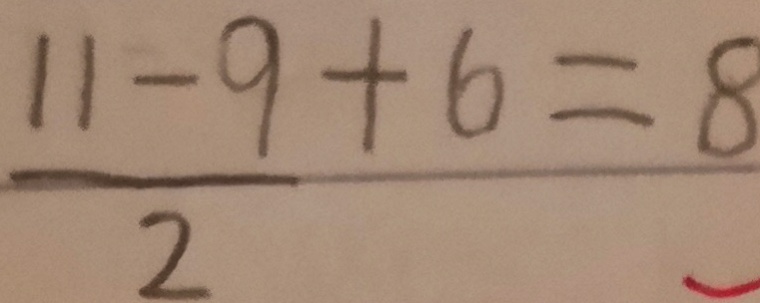
\frac { 1 1 - 9 } { 2 } + 6 = 8